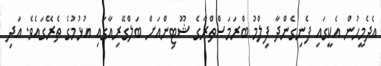
އެދެމީހުން އެކީގައި ފެނިގެންދާ ފިލްމު ބްރަމަސްތްރާގެ ޝޫޓިންއަށް ބަލްގޭރިއާގައި އުޅުމުގެ ތެރޭގައެވެ. އަދި